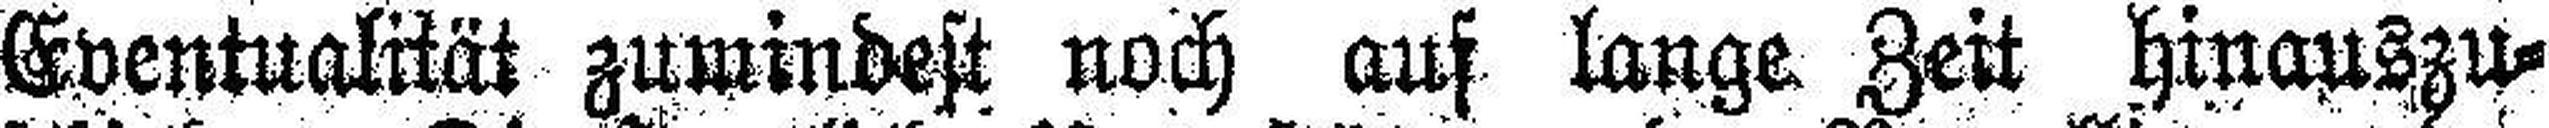
Eventualität zumindest noch aus lange Zeit hinauszu¬